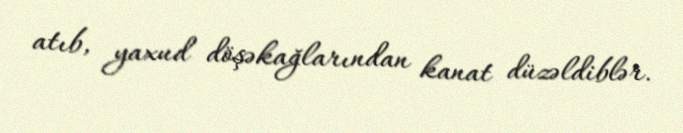
atıb, yaxud döşəkağlarından kanat düzəldiblər.